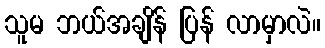
သူမ ဘယ်အချိန် ပြန် လာမှာလဲ။